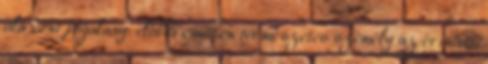
alá vont jogalany: előbbi esetben természetes személy az érintett,